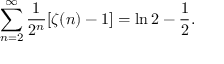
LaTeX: \sum _ { n = 2 } ^ { \infty } { \frac { 1 } { 2 ^ { n } } } [ \zeta ( n ) - 1 ] = \ln 2 - { \frac { 1 } { 2 } } .